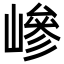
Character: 㠁